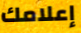
إعلامك